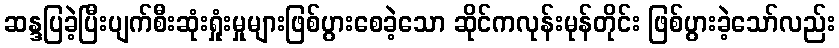
ဆန္ဒပြခဲ့ပြီးပျက်စီးဆုံးရှုံးမှုများဖြစ်ပွားစေခဲ့သော ဆိုင်ကလုန်းမုန်တိုင်း ဖြစ်ပွားခဲ့သော်လည်း